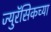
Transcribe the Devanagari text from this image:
ज्युरॅसिकच्या